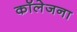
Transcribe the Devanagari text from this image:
कॉलेजना